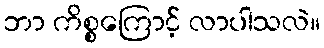
ဘာ ကိစ္စကြောင့် လာပါသလဲ။